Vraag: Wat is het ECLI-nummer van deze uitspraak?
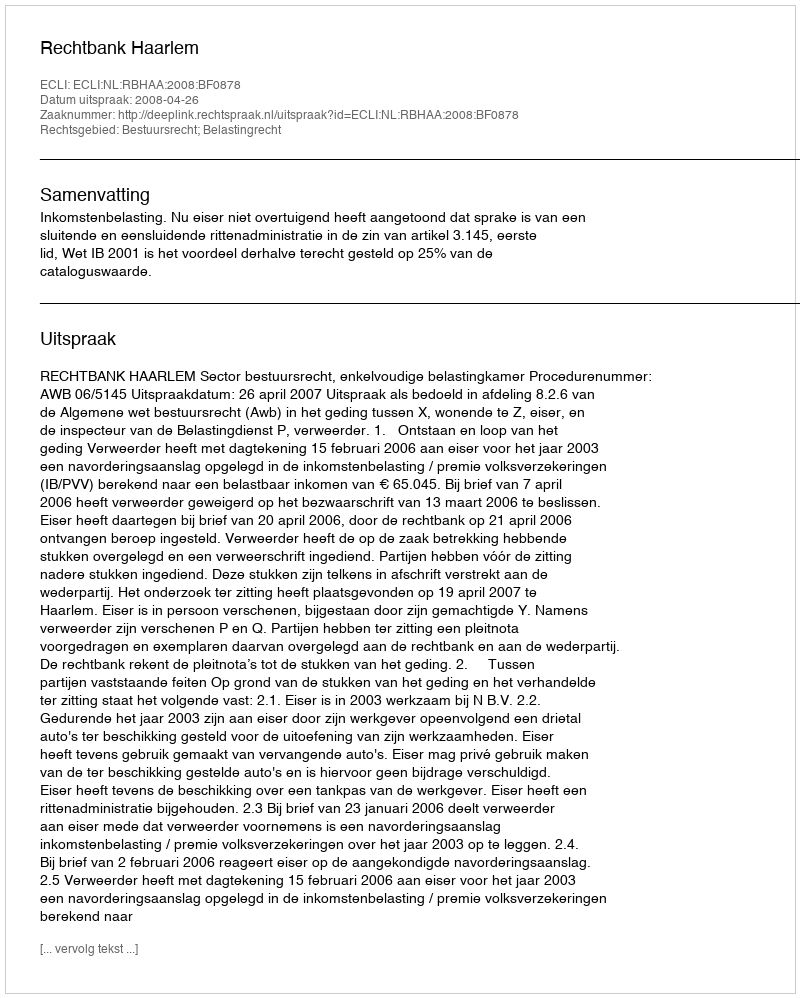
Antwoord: ECLI:NL:RBHAA:2008:BF0878